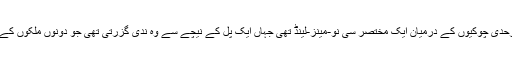
آستارا پہ آذرباءیجان اور ایران کی سرحدی چوکیوں کے درمیان ایک مختصر سی نو-مینز-لینڈ تھی جہاں ایک پل کے نیچے سے وہ ندی گزرتی تھی جو دونوں ملکوں کے درمیان اصل سرحد کا کام دیتی تھی۔